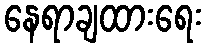
နေရာချထားရေး